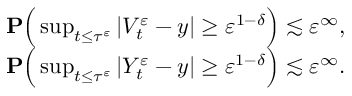
\begin{array} { r l } & { \mathbf { P } \Big ( \operatorname* { s u p } _ { t \leq \tau ^ { \varepsilon } } | V _ { t } ^ { \varepsilon } - y | \geq \varepsilon ^ { 1 - \delta } \Big ) \lesssim \varepsilon ^ { \infty } , } \\ & { \mathbf { P } \Big ( \operatorname* { s u p } _ { t \leq \tau ^ { \varepsilon } } | Y _ { t } ^ { \varepsilon } - y | \geq \varepsilon ^ { 1 - \delta } \Big ) \lesssim \varepsilon ^ { \infty } . } \end{array}